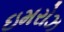
ઇમરોઝ